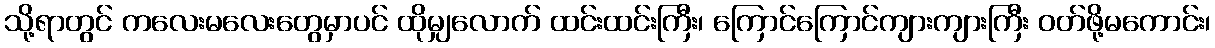
သို့ရာတွင် ကလေးမလေးတွေမှာပင် ထိုမျှလောက် ထင်းထင်းကြီး၊ ကြောင်ကြောင်ကျားကျားကြီး ဝတ်ဖို့မကောင်း၊